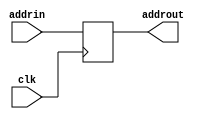
module PC(addrin, addrout, clk);

input [31:0] addrin; //32 bit address in
input clk;
output reg [31:0] addrout; //32 bit address out


always@(posedge clk) begin
	addrout <= addrin;
end 
endmodule